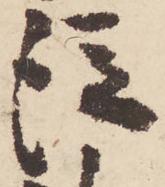
従